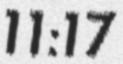
11:17